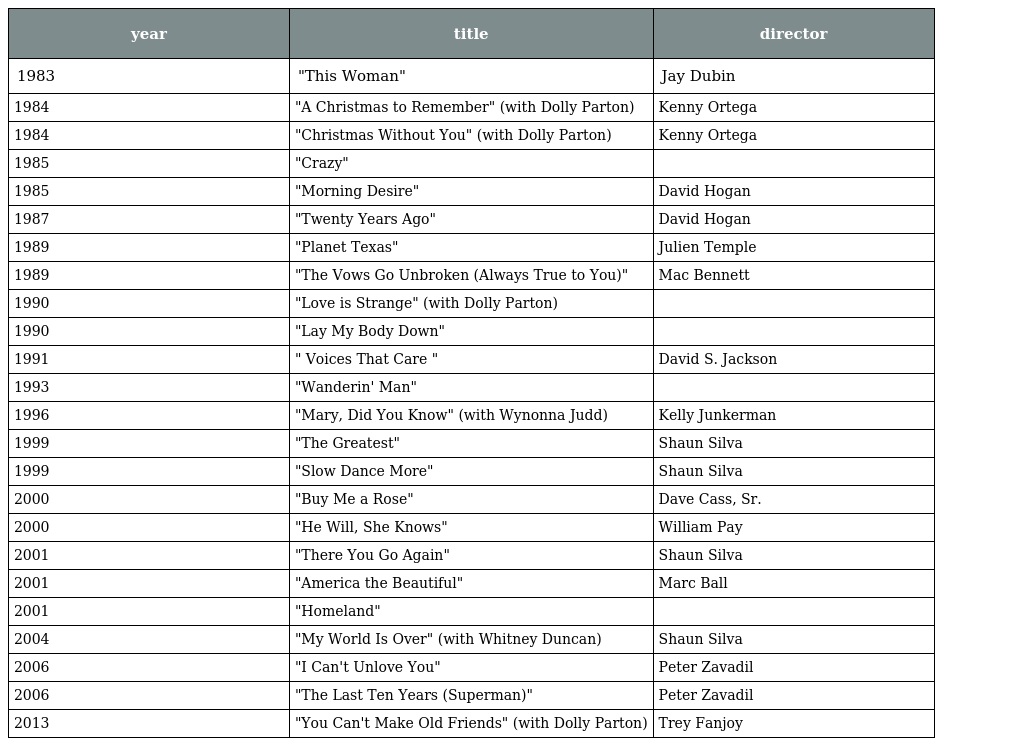
| year | title | director |
 | --- | --- | --- |
 | 1983 | "This Woman" | Jay Dubin |
 | 1984 | "A Christmas to Remember" (with Dolly Parton) | Kenny Ortega |
 | 1984 | "Christmas Without You" (with Dolly Parton) | Kenny Ortega |
 | 1985 | "Crazy" |  |
 | 1985 | "Morning Desire" | David Hogan |
 | 1987 | "Twenty Years Ago" | David Hogan |
 | 1989 | "Planet Texas" | Julien Temple |
 | 1989 | "The Vows Go Unbroken (Always True to You)" | Mac Bennett |
 | 1990 | "Love is Strange" (with Dolly Parton) |  |
 | 1990 | "Lay My Body Down" |  |
 | 1991 | " Voices That Care " | David S. Jackson |
 | 1993 | "Wanderin' Man" |  |
 | 1996 | "Mary, Did You Know" (with Wynonna Judd) | Kelly Junkerman |
 | 1999 | "The Greatest" | Shaun Silva |
 | 1999 | "Slow Dance More" | Shaun Silva |
 | 2000 | "Buy Me a Rose" | Dave Cass, Sr. |
 | 2000 | "He Will, She Knows" | William Pay |
 | 2001 | "There You Go Again" | Shaun Silva |
 | 2001 | "America the Beautiful" | Marc Ball |
 | 2001 | "Homeland" |  |
 | 2004 | "My World Is Over" (with Whitney Duncan) | Shaun Silva |
 | 2006 | "I Can't Unlove You" | Peter Zavadil |
 | 2006 | "The Last Ten Years (Superman)" | Peter Zavadil |
 | 2013 | "You Can't Make Old Friends" (with Dolly Parton) | Trey Fanjoy |